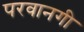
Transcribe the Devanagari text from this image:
परवानगी